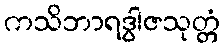
ကသိဘာရဒွါဇသုတ္တံ